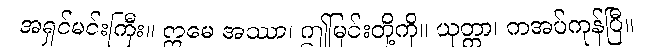
အရှင်မင်းကြီး။ ဣမေ အဿာ၊ ဤမြင်းတို့ကို။ ယုတ္တာ၊ ကအပ်ကုန်ပြီ။